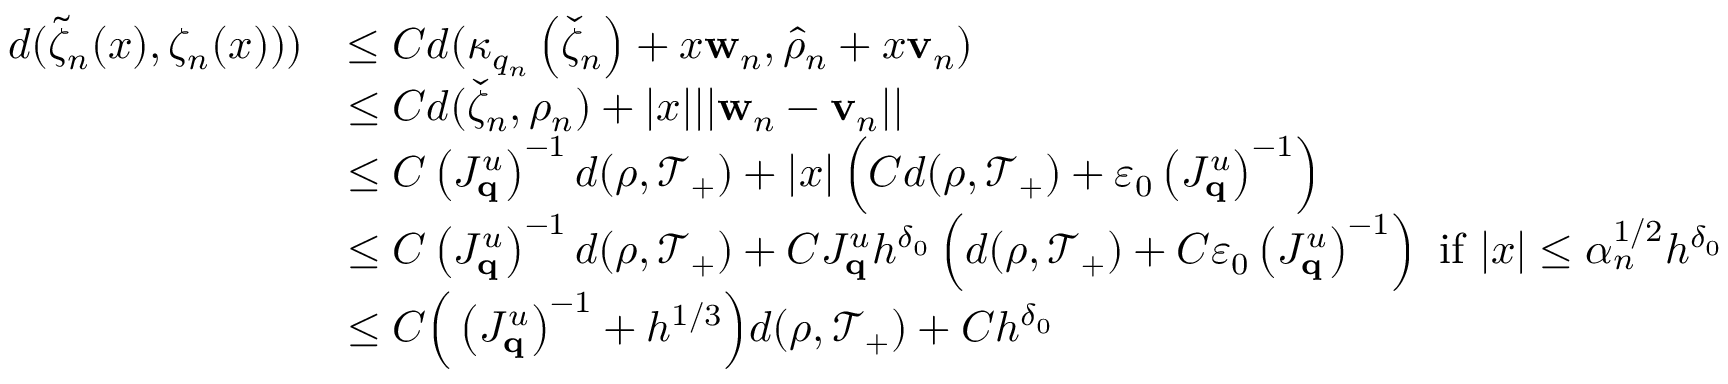
\begin{array} { r l } { d ( \widetilde { \zeta } _ { n } ( x ) , \zeta _ { n } ( x ) ) ) } & { \leq C d ( \kappa _ { q _ { n } } \left( \check { \zeta } _ { n } \right) + x \mathbf { w } _ { n } , \hat { \rho } _ { n } + x \mathbf { v } _ { n } ) } \\ & { \leq C d ( \check { \zeta } _ { n } , \rho _ { n } ) + | x | | | \mathbf { w } _ { n } - \mathbf { v } _ { n } | | } \\ & { \leq C \left( J _ { \mathbf { q } } ^ { u } \right) ^ { - 1 } d ( \rho , \mathcal { T } _ { + } ) + | x | \left( C d ( \rho , \mathcal { T } _ { + } ) + \varepsilon _ { 0 } \left( J _ { \mathbf { q } } ^ { u } \right) ^ { - 1 } \right) } \\ & { \leq C \left( J _ { \mathbf { q } } ^ { u } \right) ^ { - 1 } d ( \rho , \mathcal { T } _ { + } ) + C J _ { \mathbf { q } } ^ { u } h ^ { \delta _ { 0 } } \left( d ( \rho , \mathcal { T } _ { + } ) + C \varepsilon _ { 0 } \left( J _ { \mathbf { q } } ^ { u } \right) ^ { - 1 } \right) \mathrm { ~ i f ~ } | x | \leq \alpha _ { n } ^ { 1 / 2 } h ^ { \delta _ { 0 } } } \\ & { \leq C \Big ( \left( J _ { \mathbf { q } } ^ { u } \right) ^ { - 1 } + h ^ { 1 / 3 } \Big ) d ( \rho , \mathcal { T } _ { + } ) + C h ^ { \delta _ { 0 } } } \end{array}